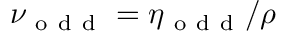
\nu _ { \mathrm { ~ o ~ d ~ d ~ } } = \eta _ { \mathrm { ~ o ~ d ~ d ~ } } / \rho